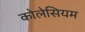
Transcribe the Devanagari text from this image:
कोलेसियम